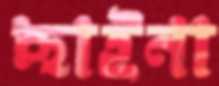
ছাইনা